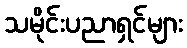
သမိုင်းပညာရှင်များ